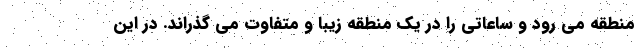
منطقه می رود و ساعاتی را در یک منطقه زیبا و متفاوت می گذراند. در این